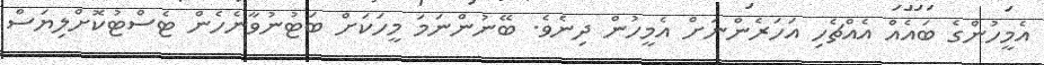
އެމީހުންގެ ބައެއް އެއްޗެހި އަހަރެންނަށް އެމީހުން ދިނެވެ. ބޭނުންނަމަ މީހަކަށް ބަޓުނުވާނެހެން ޓެސްޓުކޮށްލިޔަސް